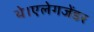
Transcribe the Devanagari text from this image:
थे।एलेगजेंडर